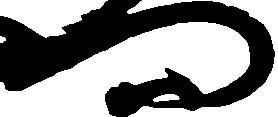
門